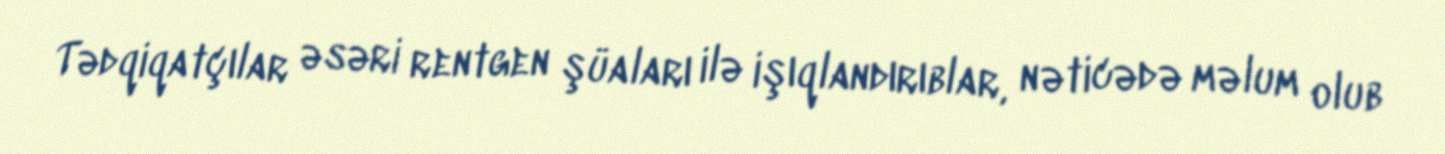
Tədqiqatçılar əsəri rentgen şüaları ilə işıqlandırıblar, nəticədə məlum olub